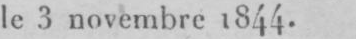
le 3 novembre 1844.